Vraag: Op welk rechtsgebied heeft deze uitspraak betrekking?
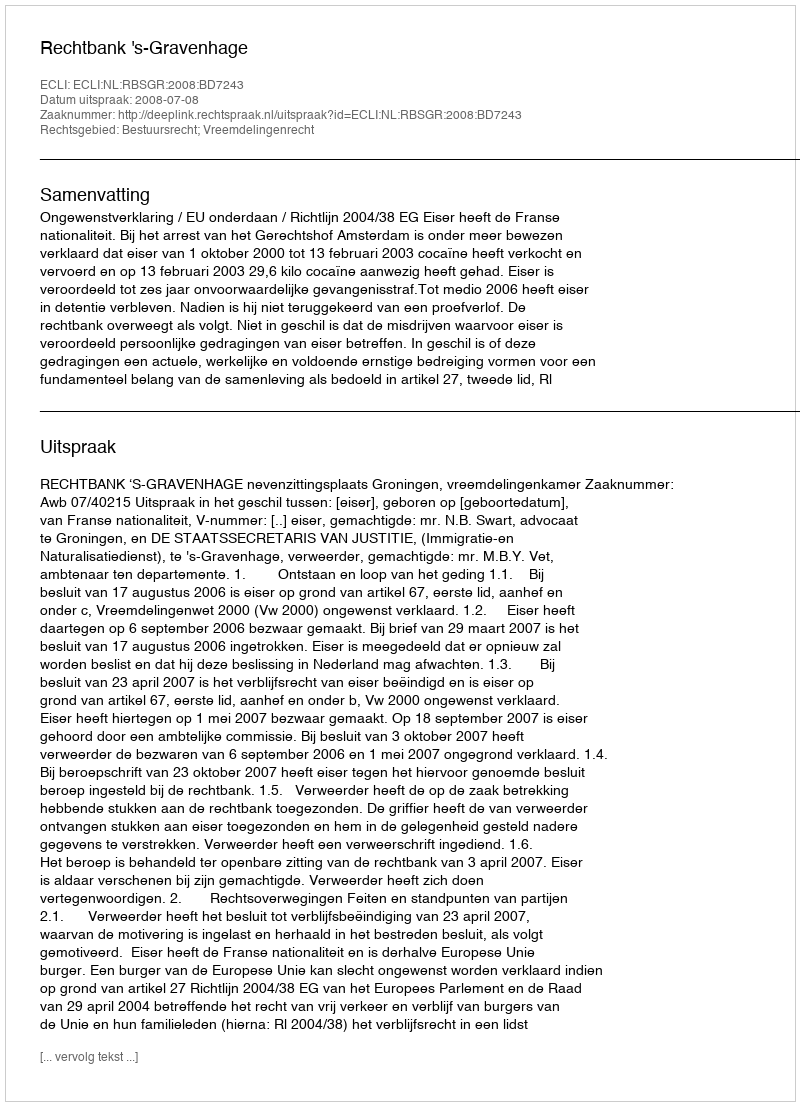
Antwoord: Bestuursrecht; Vreemdelingenrecht